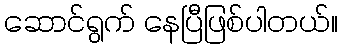
ဆောင်ရွက် နေပြီဖြစ်ပါတယ်။